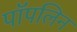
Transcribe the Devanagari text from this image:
पॉपलिन